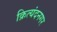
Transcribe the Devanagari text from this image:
क्रित्यंदनगर